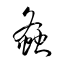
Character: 螽